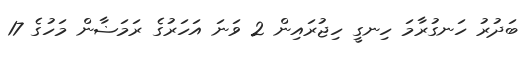
ބަދުރު ހަނގުރާމަ ހިނގީ ހިޖުރައިން 2 ވަނަ އަހަރުގެ ރަމަޟާން މަހުގެ 17